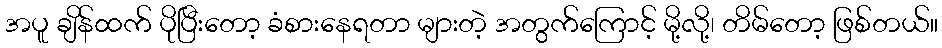
အပူ ချိန်ထက် ပိုပြီးတော့ ခံစားနေရတာ များတဲ့ အတွက်ကြောင့် မို့လို့၊ တိမ်တော့ ဖြစ်တယ်။